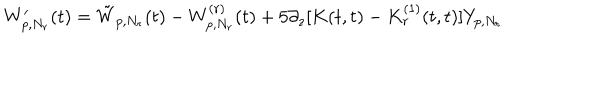
W _ { p , N _ { r } } ^ { \prime } ( t ) = \tilde { W } _ { p , N _ { r } } ( t ) - W _ { p , N _ { r } } ^ { ( r ) } ( t ) + 5 \partial _ { z } [ K ( t , t ) - K _ { r } ^ { ( 1 ) } ( t , t ) ] Y _ { p , N _ { r } }